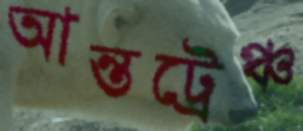
আন্তট্রেঞ্চ